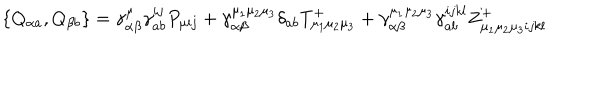
LaTeX: \left\{ Q _ { \alpha a } , Q _ { \beta b } \right\} = \gamma _ { \alpha \beta } ^ { \mu } \gamma _ { a b } ^ { i j } P _ { \mu i j } + \gamma _ { \alpha \beta } ^ { \mu _ { 1 } \mu _ { 2 } \mu _ { 3 } } \delta _ { a b } T _ { \mu _ { 1 } \mu _ { 2 } \mu _ { 3 } } ^ { + } + \gamma _ { \alpha \beta } ^ { \mu _ { 1 } \mu _ { 2 } \mu _ { 3 } } \gamma _ { a b } ^ { i j k l } Z _ { \mu _ { 1 } \mu _ { 2 } \mu _ { 3 } i j k l } ^ { + }